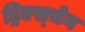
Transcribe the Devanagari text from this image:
ड्रिएस्चेन